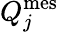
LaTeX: Q_{j}^{\mathrm{mes}}